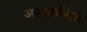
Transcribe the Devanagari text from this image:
अनावासित